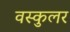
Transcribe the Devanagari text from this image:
वस्कुलर